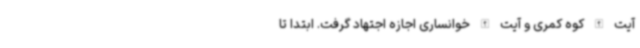
آیت الله کوه کمری و آیت الله خوانساری اجازه اجتهاد گرفت. ابتدا تا